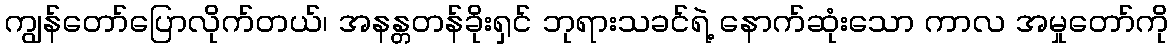
ကျွန်တော်ပြောလိုက်တယ်၊ အနန္တတန်ခိုးရှင် ဘုရားသခင်ရဲ့ နောက်ဆုံးသော ကာလ အမှုတော်ကို